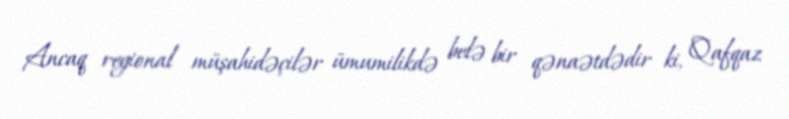
Ancaq regional müşahidəçilər ümumilikdə belə bir qənaətdədir ki, Qafqaz